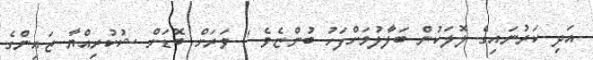
އަދި ކަރުނައިގެ ލޮލަކުން ބަލާލުމަށްފަހު ބުންޏެވެ " ވަރަށް ބޮޑަށް ޝުކުރިއްޔާ ޒައިންގެ